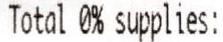
TOTAL 0% SUPPLIES: